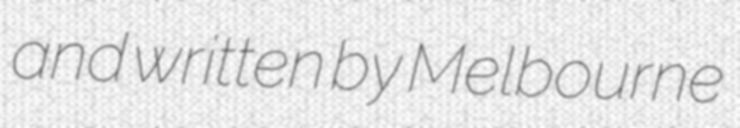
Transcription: and written by Melbourne